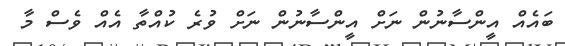
ބައެއް އީންސާނުން ނަށް އީންސާނުން ނަށް ވުރެ ކުއްތާ އެއް ވެސް މާ